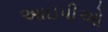
આઇપીઓ